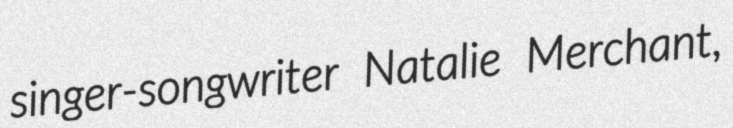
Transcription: singer-songwriter Natalie Merchant,